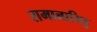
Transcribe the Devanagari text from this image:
रामानायिडु